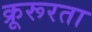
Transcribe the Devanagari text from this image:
क्रूरूरता